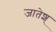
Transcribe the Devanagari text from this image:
जातेश्